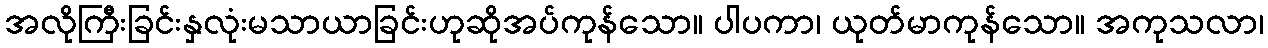
အလိုကြီးခြင်းနှလုံးမသာယာခြင်းဟုဆိုအပ်ကုန်သော။ ပါပကာ၊ ယုတ်မာကုန်သော။ အကုသလာ၊